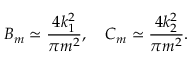
B _ { m } \simeq \frac { 4 k _ { 1 } ^ { 2 } } { \pi m ^ { 2 } } , \ \ \ C _ { m } \simeq \frac { 4 k _ { 2 } ^ { 2 } } { \pi m ^ { 2 } } .